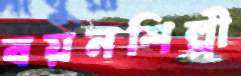
বয়নশিল্পী